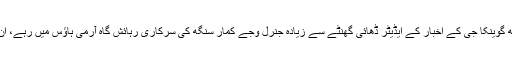
اس وار کی اصلی کہانی یہ ہے کہ رام ناتھ گوینکا جی کے اخبار کے ایڈیٹر ڈھائی گھنٹے سے زیادہ جنرل وجے کمار سنگھ کی سرکاری رہائش گاہ آرمی ہاؤس میں رہے، ان کے ساتھ انہوں نے دوپہر کا کھانا کھایا۔